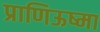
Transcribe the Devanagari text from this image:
प्राणिऊष्मा